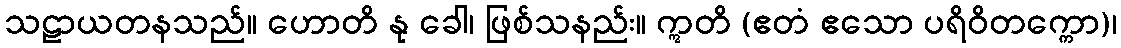
သဠာယတနသည်။ ဟောတိ နု ခေါ၊ ဖြစ်သနည်း။ ဣတိ (ဧတံ ဧသော ပရိဝိတက္ကော)၊